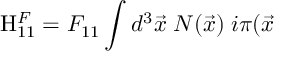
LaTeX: \mathrm { H } _ { 1 1 } ^ { F } = { \cal F } _ { 1 1 } \int d ^ { 3 } \vec { x } \; N ( \vec { x } ) \; i \pi ( \vec { x }